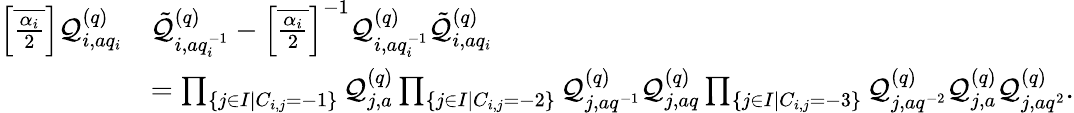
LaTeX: \begin{array}{rl}{{\textstyle\left[\overline{{\frac{\alpha_{i}}{2}}}\right]}\mathcal{Q}_{i,aq_{i}}^{(q)}}&{\tilde{\mathcal{Q}}_{i,aq_{i}^{-1}}^{(q)}-{\textstyle\left[\overline{{\frac{\alpha_{i}}{2}}}\right]}^{-1}\mathcal{Q}_{i,aq_{i}^{-1}}^{(q)}\tilde{\mathcal{Q}}_{i,aq_{i}}^{(q)}}\\ &{=\prod_{\{ j\in I|C_{i,j}=-1\} }\mathcal{Q}_{j,a}^{(q)}\prod_{\{ j\in I|C_{i,j}=-2\} }\mathcal{Q}_{j,aq^{-1}}^{(q)}\mathcal{Q}_{j,aq}^{(q)}\prod_{\{ j\in I|C_{i,j}=-3\} }\mathcal{Q}_{j,aq^{-2}}^{(q)}\mathcal{Q}_{j,a}^{(q)}\mathcal{Q}_{j,aq^{2}}^{(q)}.}\end{array}